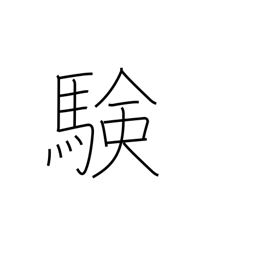
Meaning: verification